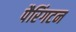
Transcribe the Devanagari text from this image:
पैरिंगटन